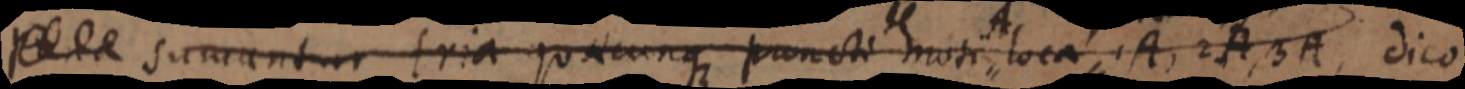
_ sumantur tria quaecunque puncti moti loca 1A, 2A, 3A, dico